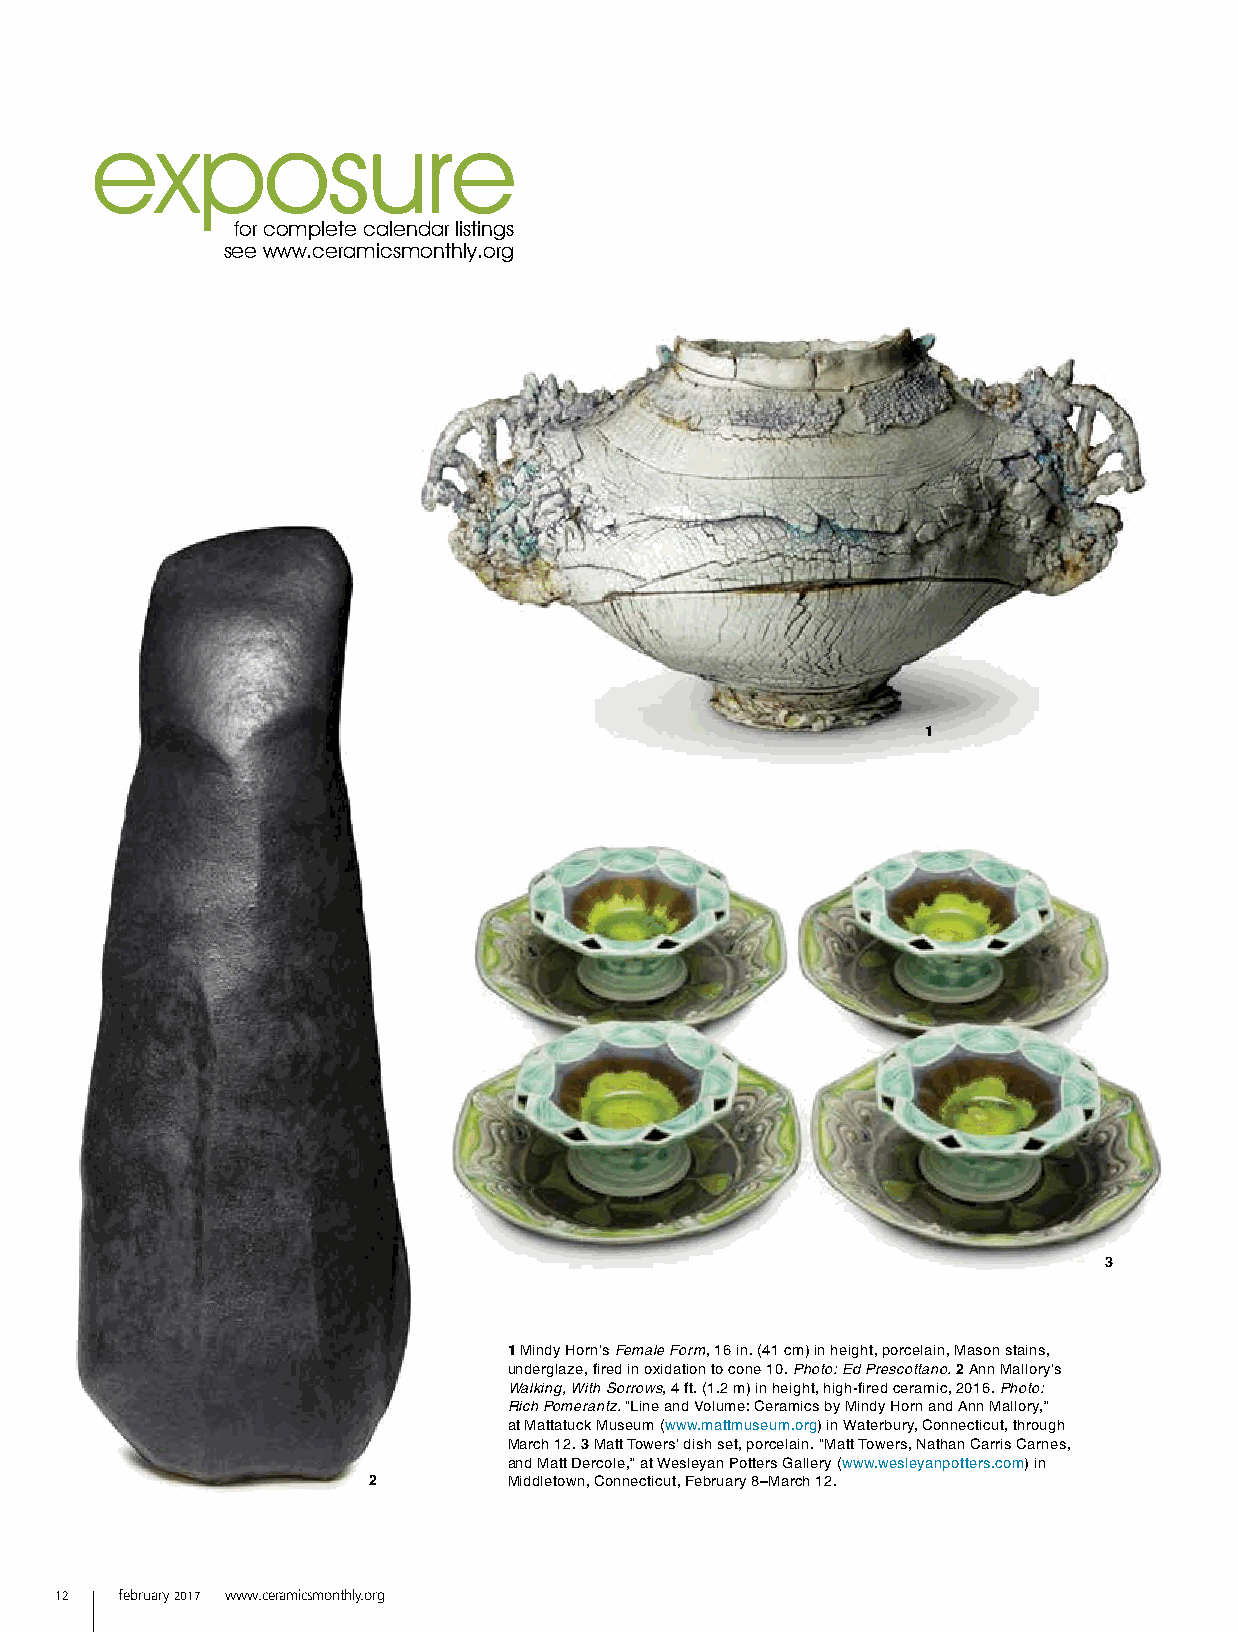
exposure
 for complete calendar listings
 see www.ceramicsmonthly.org
 1
 3
 1 Mindy Horn’s Female Form, 16 in. (41 cm) in height, porcelain, Mason stains,
 underglaze, fired in oxidation to cone 10. Photo: Ed Prescottano. 2 Ann Mallory’s
 Walking, With Sorrows, 4 ft. (1.2 m) in height, high-fired ceramic, 2016. Photo:
 Rich Pomerantz. “Line and Volume: Ceramics by Mindy Horn and Ann Mallory,”
 at Mattatuck Museum (www.mattmuseum.org) in Waterbury, Connecticut, through
 March 12. 3 Matt Towers’ dish set, porcelain. “Matt Towers, Nathan Carris Carnes,
 and Matt Dercole,” at Wesleyan Potters Gallery (www.wesleyanpotters.com) in
 2         Middletown, Connecticut, February 8–March 12.
 12  february 2017 www.ceramicsmonthly.org